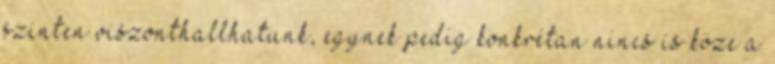
szinten viszonthallhatunk, egynek pedig konkrétan nincs is köze a